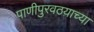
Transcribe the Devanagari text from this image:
पाणीपुरवठय़ाच्या